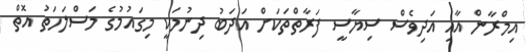
އިމްރާން އާއި އަދިވެސް ސިޔާސީ ފަރާތްތަކަށް އަދަބު ދިނުމަކީ މިގައުމުގެ މަސްލަހަތު އޮތް